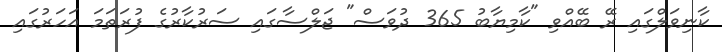
ކާނިވަލްގައި ރޭ ބޭއްވި "ކާމިޔާބު 365 ދުވަސް" ޖަލްސާގައި ސަރުކާރުގެ ފުރަތަމަ އަހަރުގައި